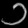
Digit: ၁